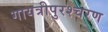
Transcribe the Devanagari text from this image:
गायत्रीपुरश्चरण